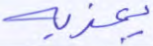
يعذبه